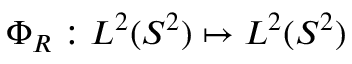
\Phi _ { R } : L ^ { 2 } ( S ^ { 2 } ) \mapsto L ^ { 2 } ( S ^ { 2 } )